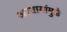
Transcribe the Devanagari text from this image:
अन्यायांमुळे